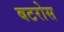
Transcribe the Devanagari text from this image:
बटरोस